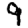
Digit: 9